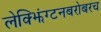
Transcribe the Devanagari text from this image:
लेक्झिंग्टनबरोबरच